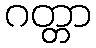
ဂတ္တာ